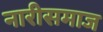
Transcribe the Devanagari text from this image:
नारीसमाज